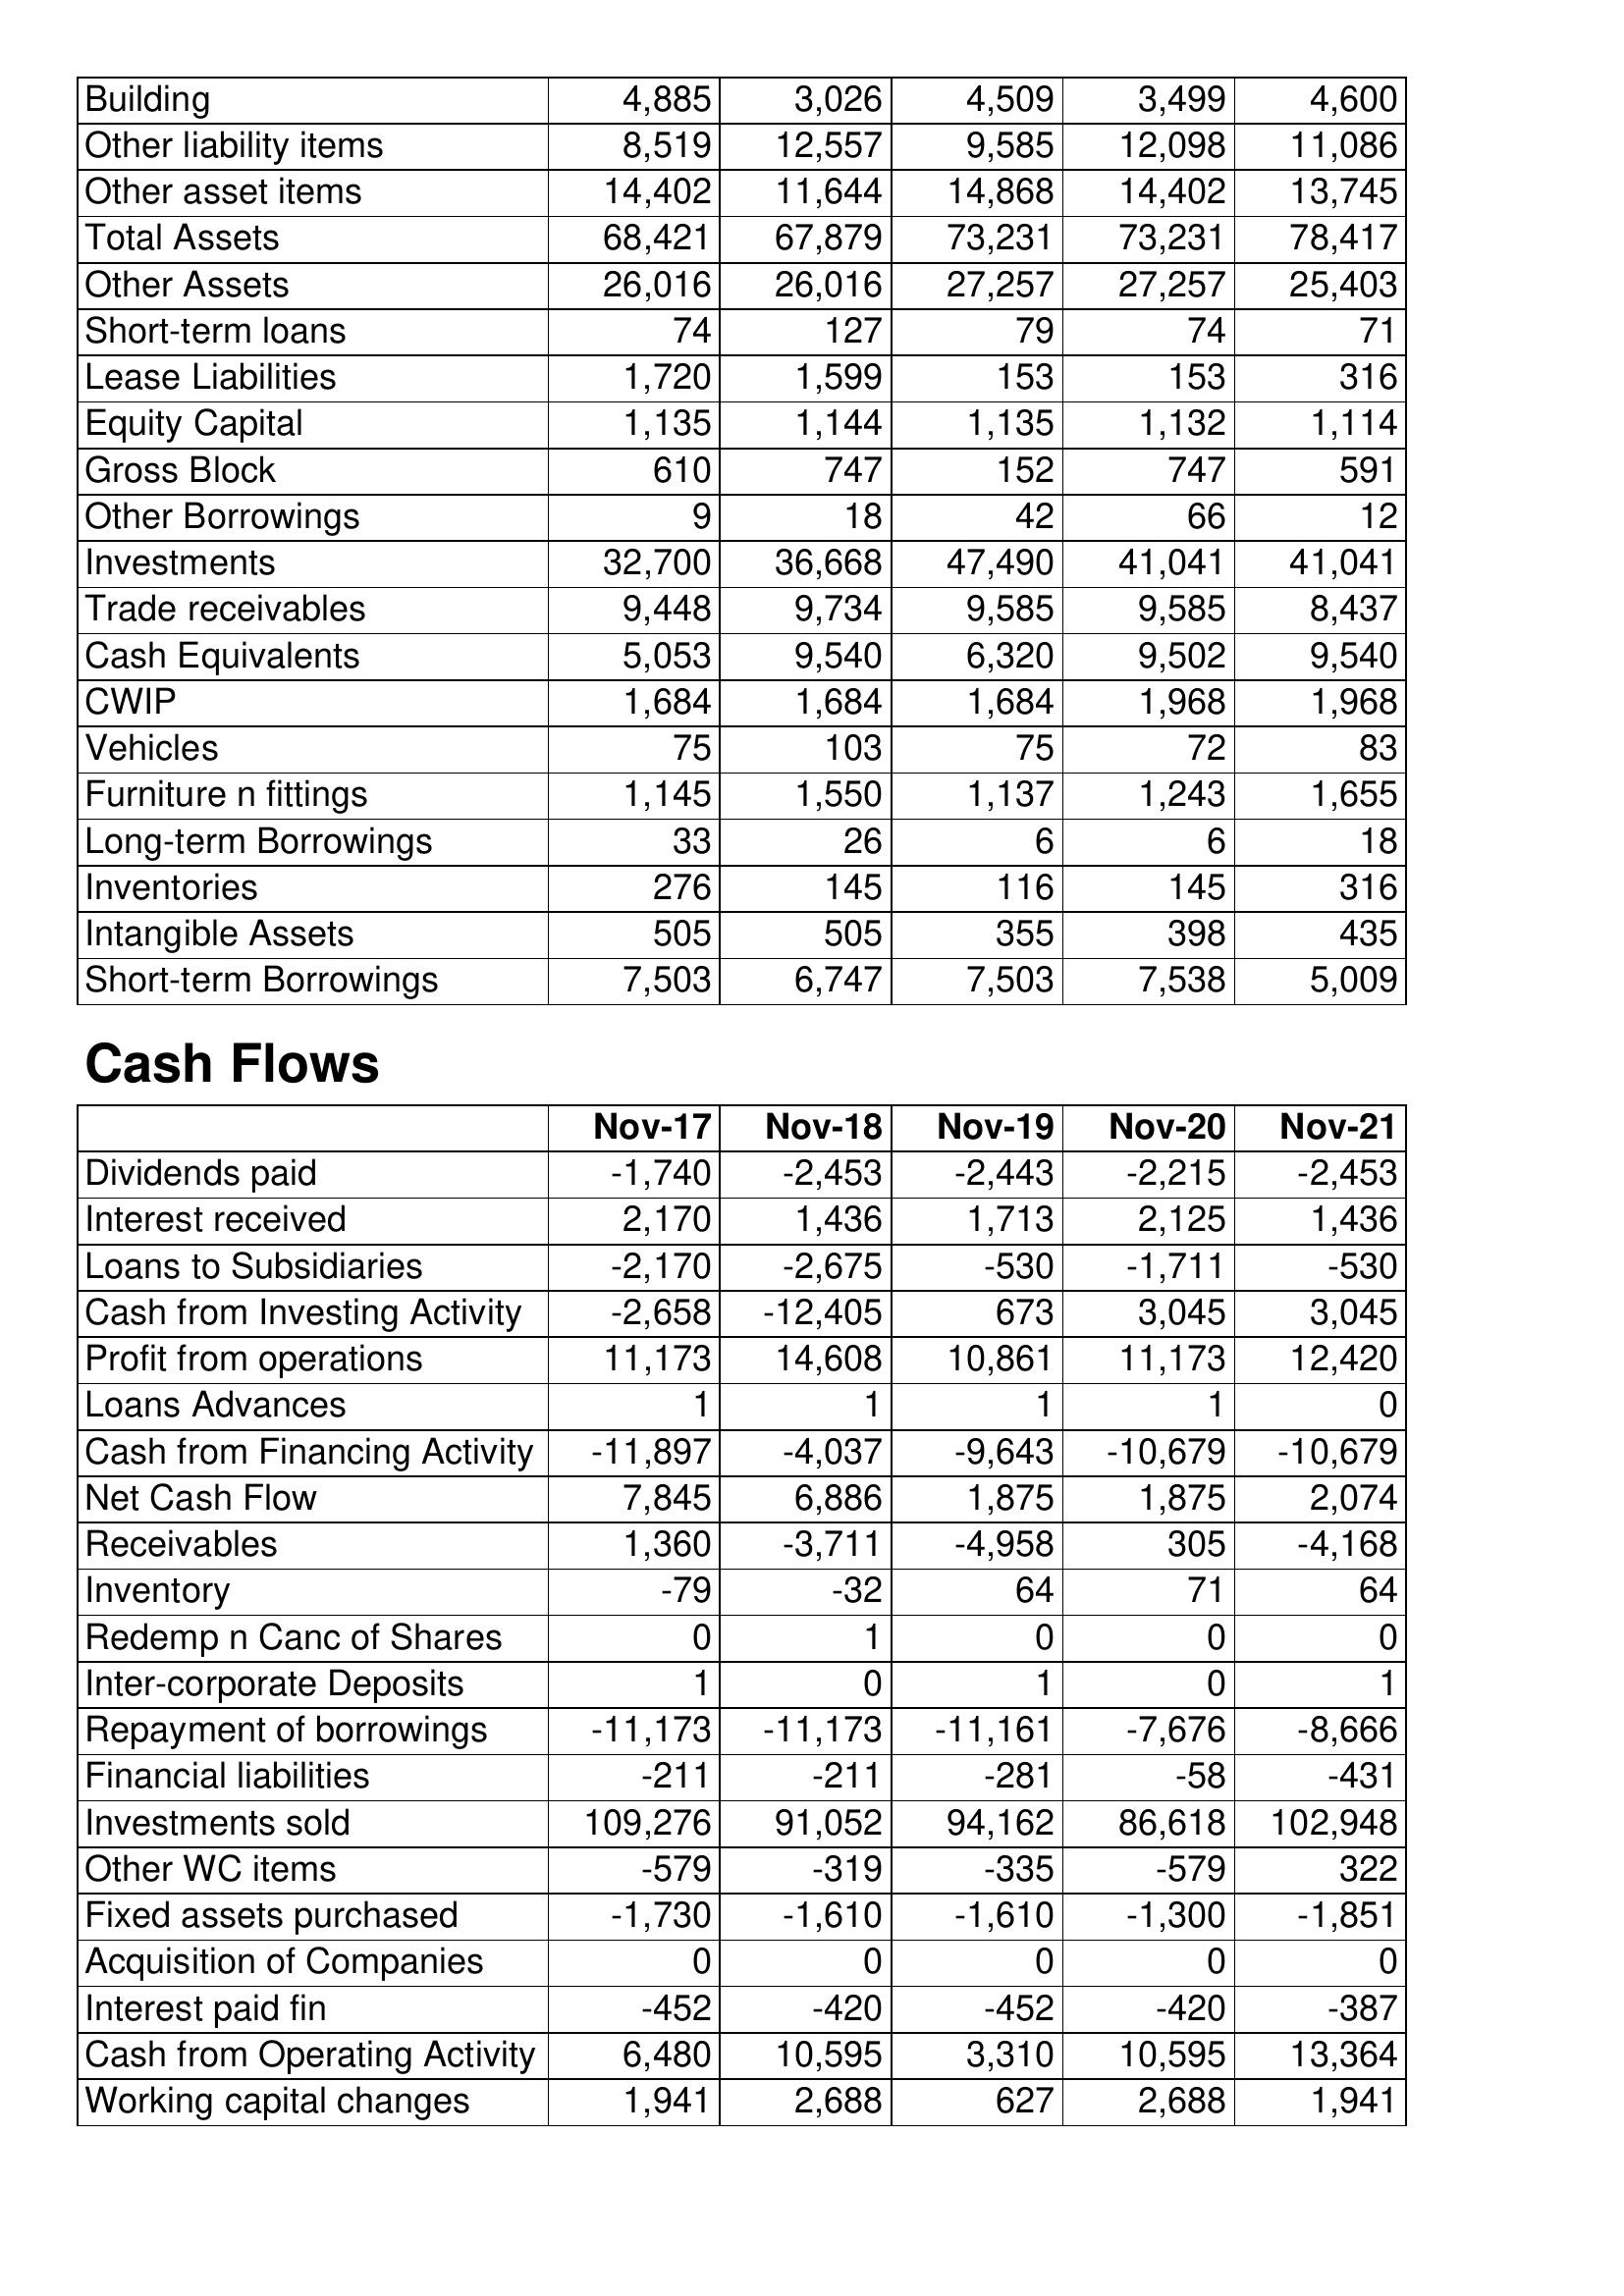
Nov-17: Balance Sheet: Building: 4,885
Other liability items: 8,519
Other asset items: 14,402
Total Assets: 68,421
Other Assets: 26,016
Short-term loans: 74
Lease Liabilities: 1,720
Equity Capital: 1,135
Gross Block: 610
Other Borrowings: 9
Investments: 32,700
Trade receivables: 9,448
Cash Equivalents: 5,053
CWIP: 1,684
Vehicles: 75
Furniture n fittings: 1,145
Long-term Borrowings: 33
Inventories: 276
Intangible Assets: 505
Short-term Borrowings: 7,503
Cash Flows: Dividends paid: -1,740
Interest received: 2,170
Loans to Subsidiaries: -2,170
Cash from Investing Activity: -2,658
Profit from operations: 11,173
Loans Advances: 1
Cash from Financing Activity: -11,897
Net Cash Flow: 7,845
Receivables: 1,360
Inventory: -79
Redemp n Canc of Shares: 0
Inter-corporate Deposits: 1
Repayment of borrowings: -11,173
Financial liabilities: -211
Investments sold: 109,276
Other WC items: -579
Fixed assets purchased: -1,730
Acquisition of Companies: 0
Interest paid fin: -452
Cash from Operating Activity: 6,480
Working capital changes: 1,941
Nov-18: Balance Sheet: Building: 3,026
Other liability items: 12,557
Other asset items: 11,644
Total Assets: 67,879
Other Assets: 26,016
Short-term loans: 127
Lease Liabilities: 1,599
Equity Capital: 1,144
Gross Block: 747
Other Borrowings: 18
Investments: 36,668
Trade receivables: 9,734
Cash Equivalents: 9,540
CWIP: 1,684
Vehicles: 103
Furniture n fittings: 1,550
Long-term Borrowings: 26
Inventories: 145
Intangible Assets: 505
Short-term Borrowings: 6,747
Cash Flows: Dividends paid: -2,453
Interest received: 1,436
Loans to Subsidiaries: -2,675
Cash from Investing Activity: -12,405
Profit from operations: 14,608
Loans Advances: 1
Cash from Financing Activity: -4,037
Net Cash Flow: 6,886
Receivables: -3,711
Inventory: -32
Redemp n Canc of Shares: 1
Inter-corporate Deposits: 0
Repayment of borrowings: -11,173
Financial liabilities: -211
Investments sold: 91,052
Other WC items: -319
Fixed assets purchased: -1,610
Acquisition of Companies: 0
Interest paid fin: -420
Cash from Operating Activity: 10,595
Working capital changes: 2,688
Nov-19: Balance Sheet: Building: 4,509
Other liability items: 9,585
Other asset items: 14,868
Total Assets: 73,231
Other Assets: 27,257
Short-term loans: 79
Lease Liabilities: 153
Equity Capital: 1,135
Gross Block: 152
Other Borrowings: 42
Investments: 47,490
Trade receivables: 9,585
Cash Equivalents: 6,320
CWIP: 1,684
Vehicles: 75
Furniture n fittings: 1,137
Long-term Borrowings: 6
Inventories: 116
Intangible Assets: 355
Short-term Borrowings: 7,503
Cash Flows: Dividends paid: -2,443
Interest received: 1,713
Loans to Subsidiaries: -530
Cash from Investing Activity: 673
Profit from operations: 10,861
Loans Advances: 1
Cash from Financing Activity: -9,643
Net Cash Flow: 1,875
Receivables: -4,958
Inventory: 64
Redemp n Canc of Shares: 0
Inter-corporate Deposits: 1
Repayment of borrowings: -11,161
Financial liabilities: -281
Investments sold: 94,162
Other WC items: -335
Fixed assets purchased: -1,610
Acquisition of Companies: 0
Interest paid fin: -452
Cash from Operating Activity: 3,310
Working capital changes: 627
Nov-20: Balance Sheet: Building: 3,499
Other liability items: 12,098
Other asset items: 14,402
Total Assets: 73,231
Other Assets: 27,257
Short-term loans: 74
Lease Liabilities: 153
Equity Capital: 1,132
Gross Block: 747
Other Borrowings: 66
Investments: 41,041
Trade receivables: 9,585
Cash Equivalents: 9,502
CWIP: 1,968
Vehicles: 72
Furniture n fittings: 1,243
Long-term Borrowings: 6
Inventories: 145
Intangible Assets: 398
Short-term Borrowings: 7,538
Cash Flows: Dividends paid: -2,215
Interest received: 2,125
Loans to Subsidiaries: -1,711
Cash from Investing Activity: 3,045
Profit from operations: 11,173
Loans Advances: 1
Cash from Financing Activity: -10,679
Net Cash Flow: 1,875
Receivables: 305
Inventory: 71
Redemp n Canc of Shares: 0
Inter-corporate Deposits: 0
Repayment of borrowings: -7,676
Financial liabilities: -58
Investments sold: 86,618
Other WC items: -579
Fixed assets purchased: -1,300
Acquisition of Companies: 0
Interest paid fin: -420
Cash from Operating Activity: 10,595
Working capital changes: 2,688
Nov-21: Balance Sheet: Building: 4,600
Other liability items: 11,086
Other asset items: 13,745
Total Assets: 78,417
Other Assets: 25,403
Short-term loans: 71
Lease Liabilities: 316
Equity Capital: 1,114
Gross Block: 591
Other Borrowings: 12
Investments: 41,041
Trade receivables: 8,437
Cash Equivalents: 9,540
CWIP: 1,968
Vehicles: 83
Furniture n fittings: 1,655
Long-term Borrowings: 18
Inventories: 316
Intangible Assets: 435
Short-term Borrowings: 5,009
Cash Flows: Dividends paid: -2,453
Interest received: 1,436
Loans to Subsidiaries: -530
Cash from Investing Activity: 3,045
Profit from operations: 12,420
Loans Advances: 0
Cash from Financing Activity: -10,679
Net Cash Flow: 2,074
Receivables: -4,168
Inventory: 64
Redemp n Canc of Shares: 0
Inter-corporate Deposits: 1
Repayment of borrowings: -8,666
Financial liabilities: -431
Investments sold: 102,948
Other WC items: 322
Fixed assets purchased: -1,851
Acquisition of Companies: 0
Interest paid fin: -387
Cash from Operating Activity: 13,364
Working capital changes: 1,941